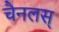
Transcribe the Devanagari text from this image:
चैनलस्